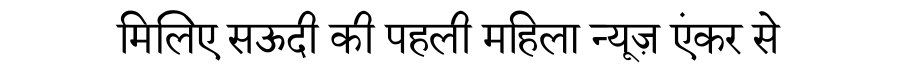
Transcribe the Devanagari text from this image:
मिलिए सऊदी की पहली महिला न्यूज़ एंकर से